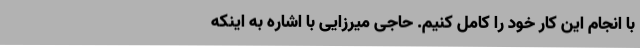
با انجام این کار خود را کامل کنیم. حاجی میرزایی با اشاره به اینکه